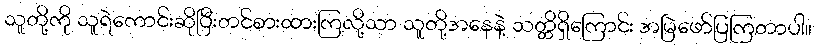
သူတို့ကို သူရဲကောင်းဆိုပြီးတင်စားထားကြလို့သာ သူတို့အနေနဲ့ သတ္တိရှိကြောင်း အမြဲဖော်ပြကြတာပါ။